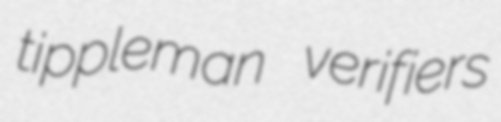
tippleman verifiers